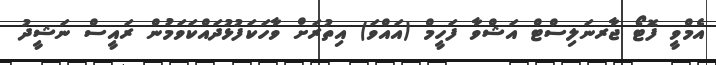
އެމްވީ ފޮޓޯ ޖާރނަލިސްޓް އަޝްވާ ފަހީމް (އައްވަ) އިތުރަށް ވާހަކަފުޅުދައްކަވަމުން ރައީސް ނަޝީދު